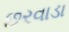
છરવાડા